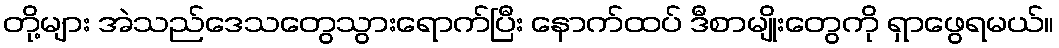
တို့များ အဲသည်ဒေသတွေသွားရောက်ပြီး နောက်ထပ် ဒီစာမျိုးတွေကို ရှာဖွေရမယ်။